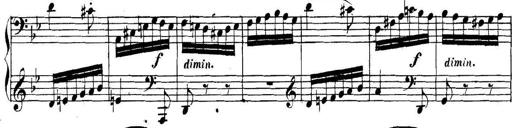
Title: Collected Piano Sonatas
Composer: Muzio Clementi